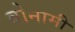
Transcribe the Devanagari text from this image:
बोनामी